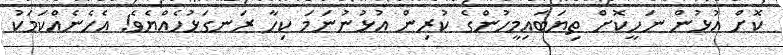
ކޮށް އުޅުން ނަހީކޮށް ތިޔަބައިމީހުންގެ ކުރިން އުޅުނުނަމަަ ކިހާ ރަނގަޅުހެއްޔެވެ! އެހެނެއްކަމަކު